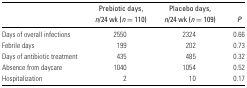
|  | Prebiotic days, | Placebo days, |  |
 |  | n/24 wk (n = 110) | n/24 wk (n = 109) | P |
 | --- | --- | --- | --- |
 | Days of overall infections | 2550 | 2324 | 0.66 |
 | Febrile days | 199 | 202 | 0.73 |
 | Days of antibiotic treatment | 435 | 485 | 0.32 |
 | Absence from daycare | 1040 | 1054 | 0.52 |
 | Hospitalization | 2 | 10 | 0.17 |